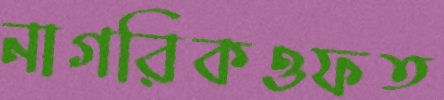
নাগরিকওফত